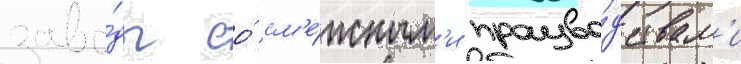
заво́ды со́ см'е́жным'и произво́дствам'и